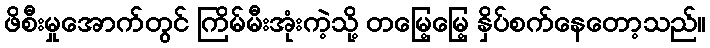
ဖိစီးမှုအောက်တွင် ကြိမ်မီးအုံးကဲ့သို့ တမြေ့မြေ့ နှိပ်စက်နေတော့သည်။